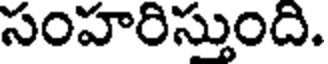
సంహరిస్తుంది.